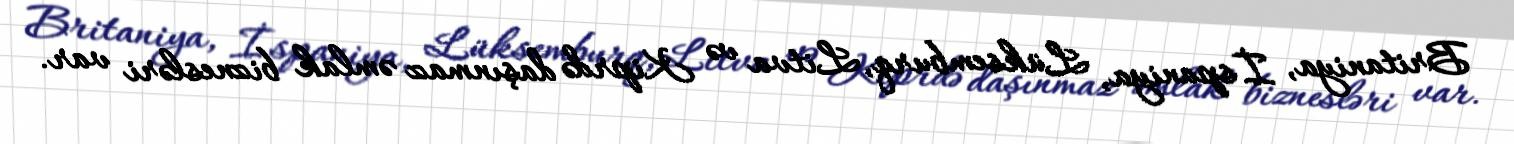
Britaniya, İspaniya, Lüksemburq, Litva və Kiprdə daşınmaz əmlak biznesləri var.